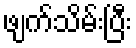
ဖျက်သိမ်းပြီး